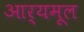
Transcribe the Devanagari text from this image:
आर्यमूल